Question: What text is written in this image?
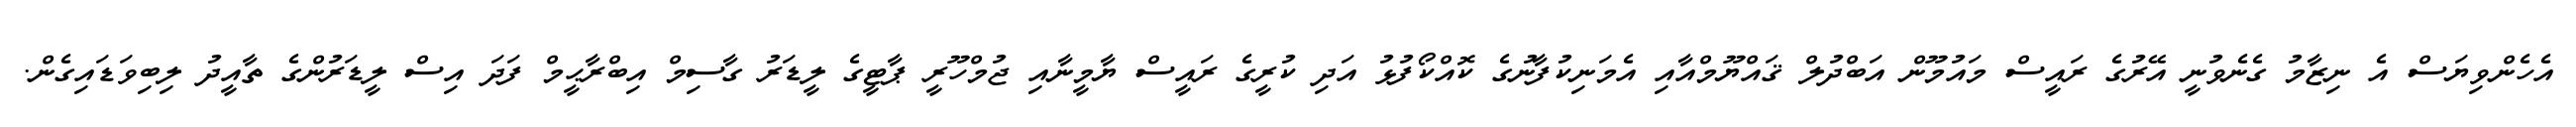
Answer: އެހެންވިޔަސް އެ ނިޒާމު ގެނެވުނީ އޭރުގެ ރައީސް މައުމޫން އަބްދުލް ޤައްޔޫމްއާއި އެމަނިކުފާނުގެ ކޮއްކޯފުޅު އަދި ކުރީގެ ރައީސް ޔާމީނާއި ޖުމްހޫރީ ޕާޓީގެ ލީޑަރު ގާސިމް އިބްރާޙީމް ފަދަ އިސް ލީޑަރުންގެ ތާއީދު ލިބިވަޑައިގެން.